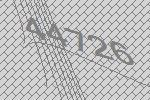
44726